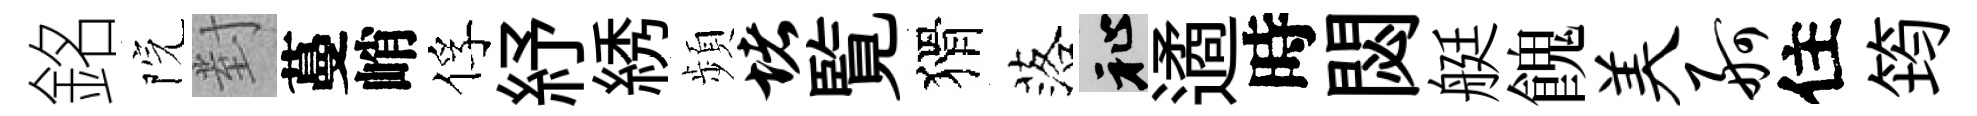
銘院對蔓峭俘紓綉頻堵覧猾落祉遹時閟艇餽美舸住筠